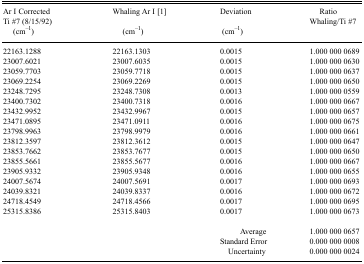
<table><thead><tr><td><b>Ar I Corrected Ti #7 (8/15/92) (cm<sup>−1</sup>)</b></td><td><b>Whaling Ar I [1] (cm<sup>−1</sup>)</b></td><td><b>Deviation (cm<sup>−1</sup>)</b></td><td><b>Ratio Whaling/Ti #7</b></td></tr></thead><tbody><tr><td>22163.1288</td><td>22163.1303</td><td>0.0015</td><td>1.000 000 0689</td></tr><tr><td>23007.6021</td><td>23007.6035</td><td>0.0015</td><td>1.000 000 0630</td></tr><tr><td>23059.7703</td><td>23059.7718</td><td>0.0015</td><td>1.000 000 0637</td></tr><tr><td>23069.2254</td><td>23069.2269</td><td>0.0015</td><td>1.000 000 0650</td></tr><tr><td>23248.7295</td><td>23248.7308</td><td>0.0013</td><td>1.000 000 0559</td></tr><tr><td>23400.7302</td><td>23400.7318</td><td>0.0016</td><td>1.000 000 0667</td></tr><tr><td>23432.9952</td><td>23432.9967</td><td>0.0015</td><td>1.000 000 0657</td></tr><tr><td>23471.0895</td><td>23471.0911</td><td>0.0016</td><td>1.000 000 0675</td></tr><tr><td>23798.9963</td><td>23798.9979</td><td>0.0016</td><td>1.000 000 0661</td></tr><tr><td>23812.3597</td><td>23812.3612</td><td>0.0015</td><td>1.000 000 0647</td></tr><tr><td>23853.7662</td><td>23853.7677</td><td>0.0015</td><td>1.000 000 0650</td></tr><tr><td>23855.5661</td><td>23855.5677</td><td>0.0016</td><td>1.000 000 0667</td></tr><tr><td>23905.9332</td><td>23905.9348</td><td>0.0016</td><td>1.000 000 0655</td></tr><tr><td>24007.5674</td><td>24007.5691</td><td>0.0017</td><td>1.000 000 0693</td></tr><tr><td>24039.8321</td><td>24039.8337</td><td>0.0016</td><td>1.000 000 0672</td></tr><tr><td>24718.4549</td><td>24718.4566</td><td>0.0017</td><td>1.000 000 0695</td></tr><tr><td>25315.8386</td><td>25315.8403</td><td>0.0017</td><td>1.000 000 0673</td></tr><tr><td></td><td></td><td>Average</td><td>1.000 000 0657</td></tr><tr><td></td><td></td><td>Standard Error</td><td>0.000 000 0008</td></tr><tr><td></td><td></td><td>Uncertainty</td><td>0.000 000 0024</td></tr></tbody></table>